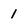
Character: 1